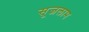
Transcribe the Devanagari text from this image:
सूजलाम